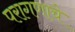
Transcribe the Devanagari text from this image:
परागणाचे